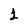
Character: 1